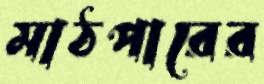
মাঠপারের